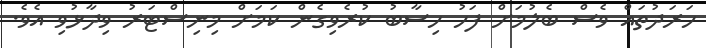
ހަރަދުތައް ވެސް ބެލުމަށް ފަހު ހިސާބު ކުރެވިގެން ކަމަށް މިނިސްޓަރު ވިދާޅުވި އެވެ.